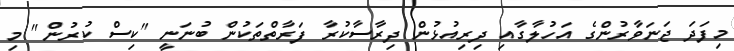
މިފަދަ ޖަނަވާރުންގެ އަހުލާގާއި ދިރިއުޅުން ދިރާސާކުރާ ފަރާތްތަކުން ބުނަނީ "ކިސް ކުރުން" މި